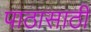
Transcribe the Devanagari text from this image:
पाठासाठी